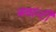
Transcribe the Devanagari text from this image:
क्वान्टी